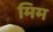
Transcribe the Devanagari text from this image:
मिम